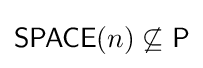
{\mathsf {SPACE}}(n)\not \subseteq {\mathsf {P}}